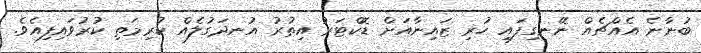
ބުނާނެ އެއްޗެއް ނޭނގިފައި ހުރި ޒައިނާއަށް ޑޮކްޓަރު އިތުރު އުނދަގުލެއް ކުރިމަތި ކުރުވައިފިއެވެ.